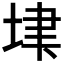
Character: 𡋶